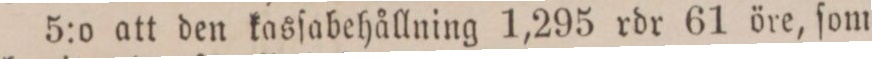
5:o att den kasſabehållning 1,295 rdr 61 öre, ſom